Bréfritari: Sigurður Jónsson
Viðtakandi: Jón Borgfirðings Jónsson
Dagsetning: A-1857-07-05
Skrifað á: Möðrudal  N-Múl.

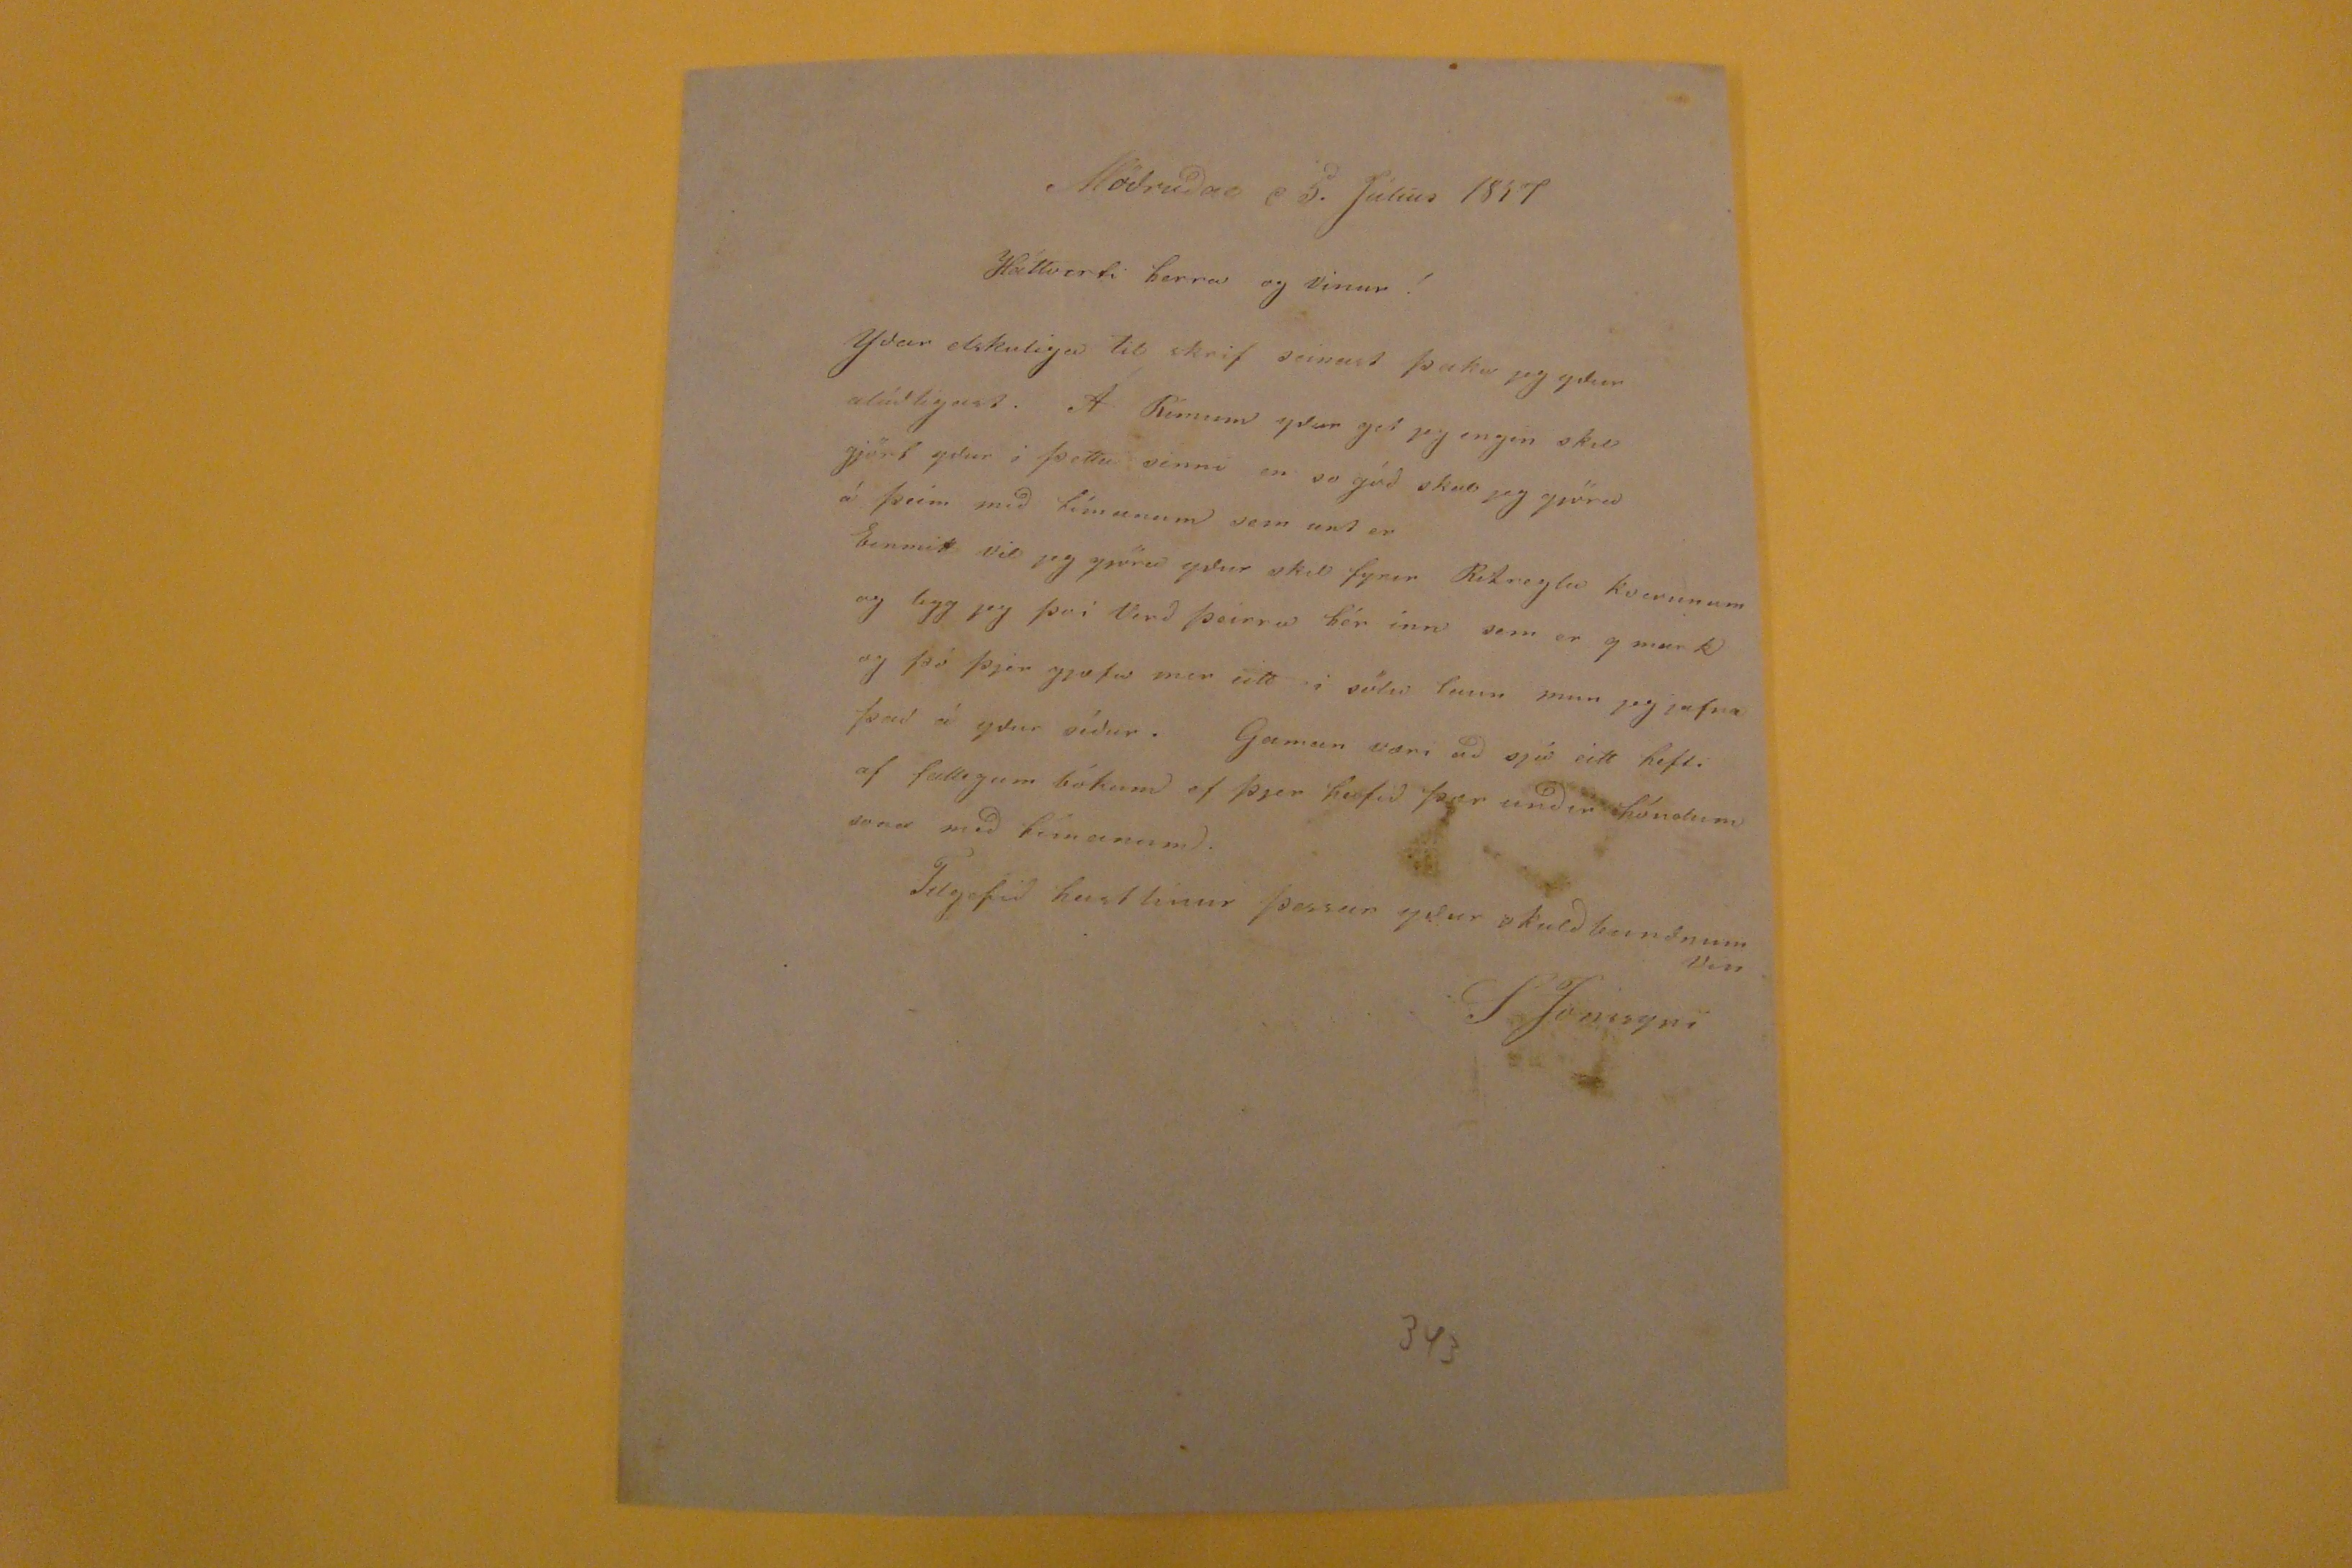

Möðrudal d 5. Júlíus 1857
Háttverti herra og Vinur!
Yðar elskulegu til skrif seinast þaka jeg ydur alúðligast. A Rímum yðar get jeg engin skil gjört yður i þetta senni en so góð skal jeg gjöra á þeim með tímanum sem unt er Einmitt Vil jeg gjöra yður skil fyrir Ritreglu kverunum og legg jeg þvi Verð þeirra hér inn sem er 9 mark og þó þjer gjæfu mer eitt i sölu laun mun jeg jafn það á yður síður. Gaman væri að sjá eitt hefti af fallegum bókum ef þjer hafið þær unðir höndum
sona
með tímanum. Tilgefið hastlinur þessar yður skuldbunðnum vin
S Jónssyni